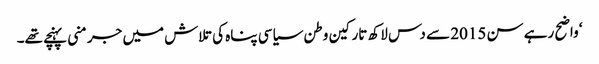
‘ واضح رہے سن 2015 سے دس لاکھ تارکین وطن سیاسی پناہ کی تلاش میں جرمنی پہنچے تھے۔